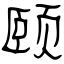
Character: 颐